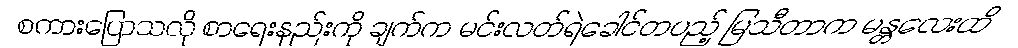
စကားပြောသလို စာရေးနည်းကို ချက်က မင်းလတ်ရဲခေါင်တပည့် မြသီတာက မန္တလေးထိ